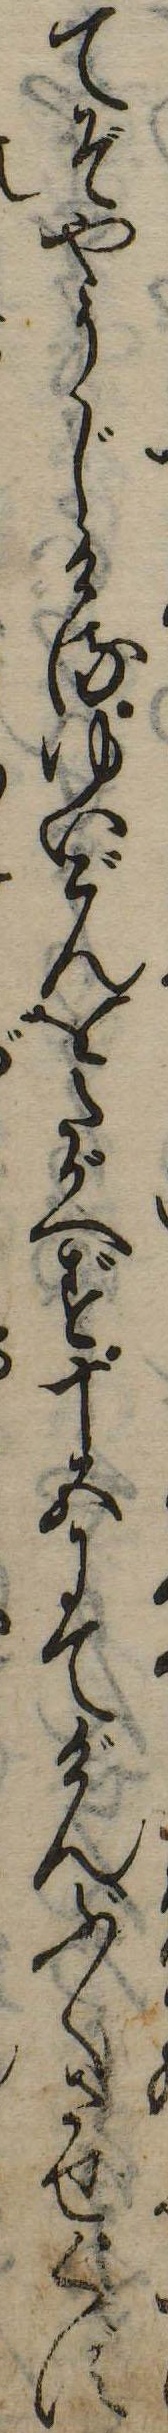
てぞやうじけるゆいごんをたがへず十五にてげんぶくさせくす